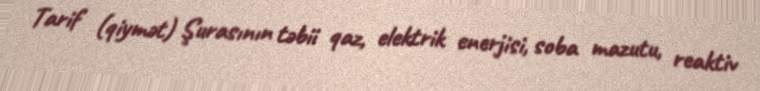
Tarif (qiymət) Şurasının təbii qaz, elektrik enerjisi, soba mazutu, reaktiv